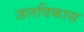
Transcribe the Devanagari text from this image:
जलविकास